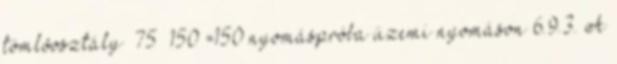
tömlõosztály ≤75 ≤150 =150 nyomáspróba üzemi nyomáson 6.9.3. A